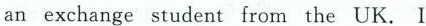
an exchange student from the UK. I